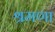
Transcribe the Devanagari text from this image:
श्रमणा